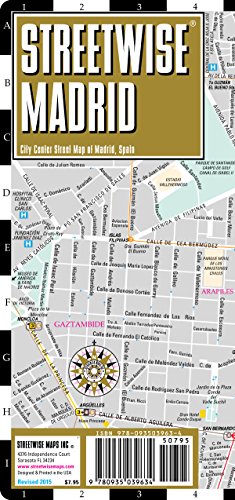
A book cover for Streetwise Madrid Map - Laminated City Center Street Map of Madrid, Spain; Streetwise Maps; Reference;